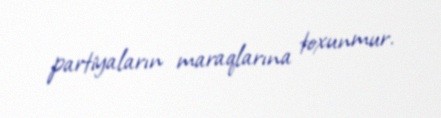
partiyaların maraqlarına toxunmur.